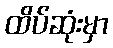
ထိပ်ဆုံးမှာ